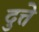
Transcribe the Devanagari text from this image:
दुत्ते